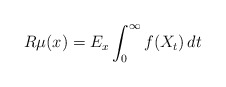
\begin{align*}R\mu(x)=E_x\int_0^\infty f(X_t)\,dt\end{align*}